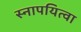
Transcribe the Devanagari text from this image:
स्नापयित्वा